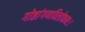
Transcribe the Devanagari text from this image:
गोष्ठांगणविलोकनः।